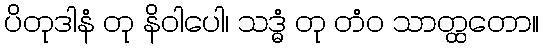
ပိတုဒါနံ တု နိဝါပေါ၊ သဒ္ဓံ တု တံဝ သာတ္ထတော။